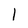
Character: l